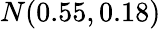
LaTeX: N(0.55,0.18)